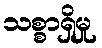
သစ္စာရှိမှု